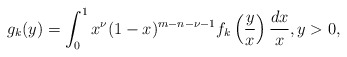
\begin{align*} g_k(y) = \int_0^1 x^{\nu} (1-x)^{m-n-\nu-1} f_k \left( \frac{y}{x} \right) \frac{dx}{x}, y > 0,\end{align*}